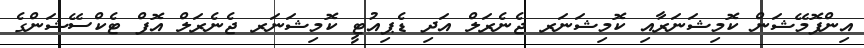
އިންފޮމޭޝަން ކޮމިޝަނަރާއި ކޮމިޝަނަރ ޖެނެރަލް އަދި ޑެޕިއުޓީ ކޮމިޝަނަރ ޖެނެރަލް އޮފް ޓެކްސޭޝަންގެ